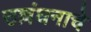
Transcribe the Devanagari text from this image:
उल्लंघनाचे